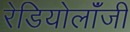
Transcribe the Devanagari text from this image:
रेडियोलॉंजी